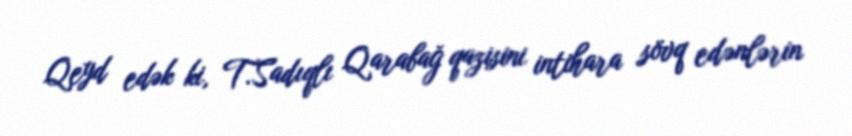
Qeyd edək ki, T.Sadıqlı Qarabağ qazisini intihara sövq edənlərin